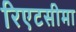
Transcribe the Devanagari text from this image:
रिएटसीमा